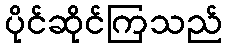
ပိုင်ဆိုင်ကြသည်